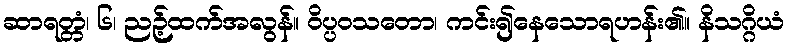
ဆာရတ္တံ၊ ၆၊ ညဉ့်ထက်အလွန်။ ဝိပ္ပဝသတော၊ ကင်း၍နေသောရဟန်း၏။ နိသဂ္ဂိယံ